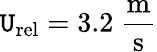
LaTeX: \mathtt{U}_{\mathrm{{rel}}}=3.2~\mathrm{{\frac{{m}}{{s}}}}